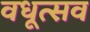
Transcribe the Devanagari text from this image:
वधूत्सव